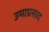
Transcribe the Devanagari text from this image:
उमाप्रसाद